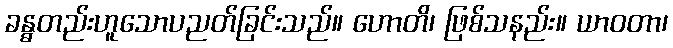
ခန္ဓတည်းဟူသောပညတ်ခြင်းသည်။ ဟောတိ၊ ဖြစ်သနည်း။ ယာဝတာ၊